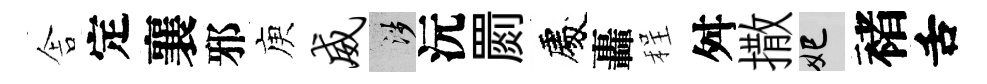
舎定襄邪庾威涉沅罽處轟程舛撒妃褚舌